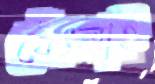
থেঁৎলাই